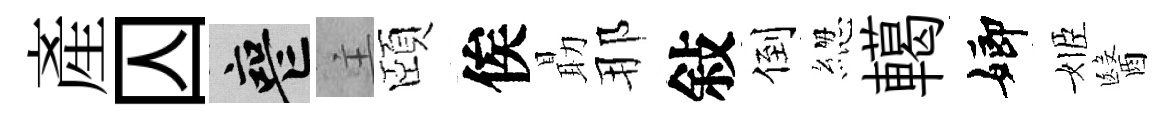
産囚喪主頤俟朂那敍倒緫轕嫏姬醫